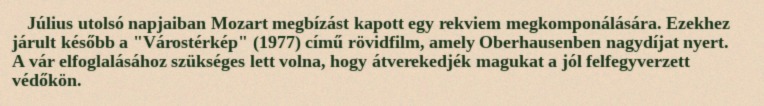
Július utolsó napjaiban Mozart megbízást kapott egy rekviem megkomponálására. Ezekhez járult később a "Várostérkép" (1977) című rövidfilm, amely Oberhausenben nagydíjat nyert. A vár elfoglalásához szükséges lett volna, hogy átverekedjék magukat a jól felfegyverzett védőkön.